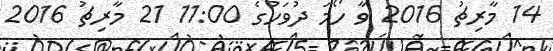
14 މާރިޗު 2016 ވާ ހޯމަ ދުވަހުގެ 11:00 21 މާރިޗު 2016